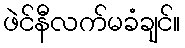
ဖဲင်နီလက်မခံချင်။